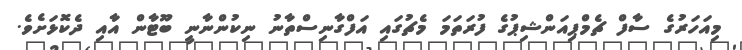
މިއަހަރުގެ ސާފް ޗެމްޕިއަންޝިޕުގެ ފުރަތަމަ މެޗުގައި އަފްގާނިސްތާނު ނިކުންނާނީ ބޫޓާން އާއި ދެކޮޅަށެވެ.